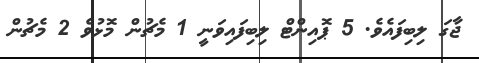
ޖާގަ ލިބިފައެވެ. 5 ޕޮއިންޓް ލިބިފައިވަނީ 1 މެޗުން މޮޅުވެ 2 މެޗުން